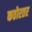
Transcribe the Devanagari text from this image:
कठोरतर